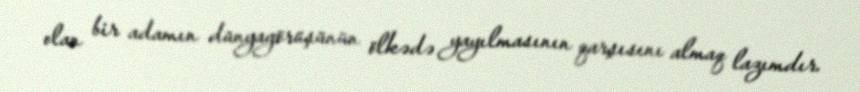
olan bir adamın dünyagörüşünün ölkədə yayılmasının qarşısını almaq lazımdır.